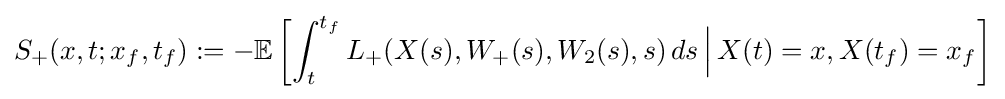
S_{+}(x,t;x_{f},t_{f}):=-\mathbb {E} \left[\int _{t}^{t_{f}}L_{+}(X(s),W_{+}(s),W_{2}(s),s)\,ds\,{\Big |}\,X(t)=x,X(t_{f})=x_{f}\right]